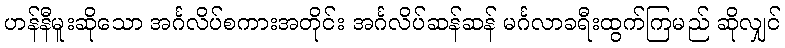
ဟန်နီမူးဆိုသော အင်္ဂလိပ်စကားအတိုင်း အင်္ဂလိပ်ဆန်ဆန် မင်္ဂလာခရီးထွက်ကြမည် ဆိုလျှင်